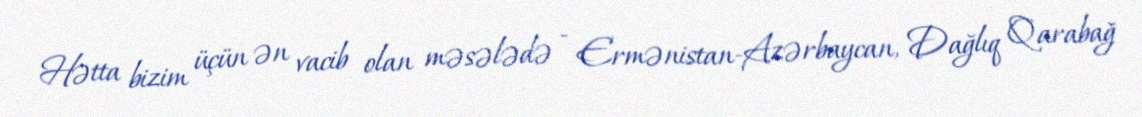
Hətta bizim üçün ən vacib olan məsələdə - Ermənistan-Azərbaycan, Dağlıq Qarabağ